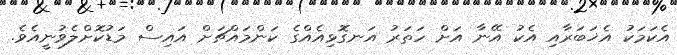
އެކަމަކު އެޚަބަރާއި އެކު އޭނާ އަށް ހަތަރު އަނގޮޅިއެއްގެ ކަންމައްޗަށް އައިސް މަޑުކޮށްލެވުނީއެވެ.